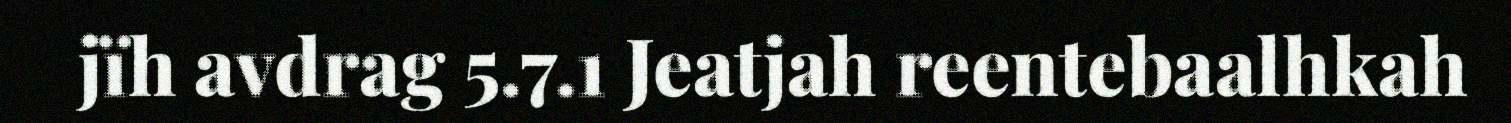
jïh avdrag 5.7.1 Jeatjah reentebaalhkah